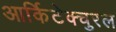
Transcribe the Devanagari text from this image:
आर्किटेक्चुरल